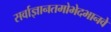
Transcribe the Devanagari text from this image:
सर्वाज्ञानतमोभेदभानवे